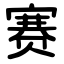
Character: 赛